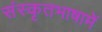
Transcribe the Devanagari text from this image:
संस्कृतभाषामें